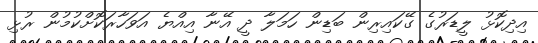
އިދިކޮޅު ލީޑަރުގެ ގޭކައިރިން ބަޑިން ހަމަލާ ދީ އޭނާ އިއްޔެ އަވަހާރަކޮށްކުމުން ރުޅި